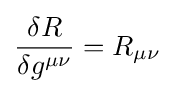
{\frac {\delta R}{\delta g^{\mu \nu }}}=R_{\mu \nu }